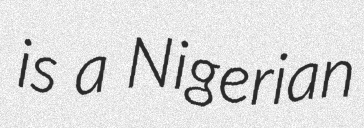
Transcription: is a Nigerian